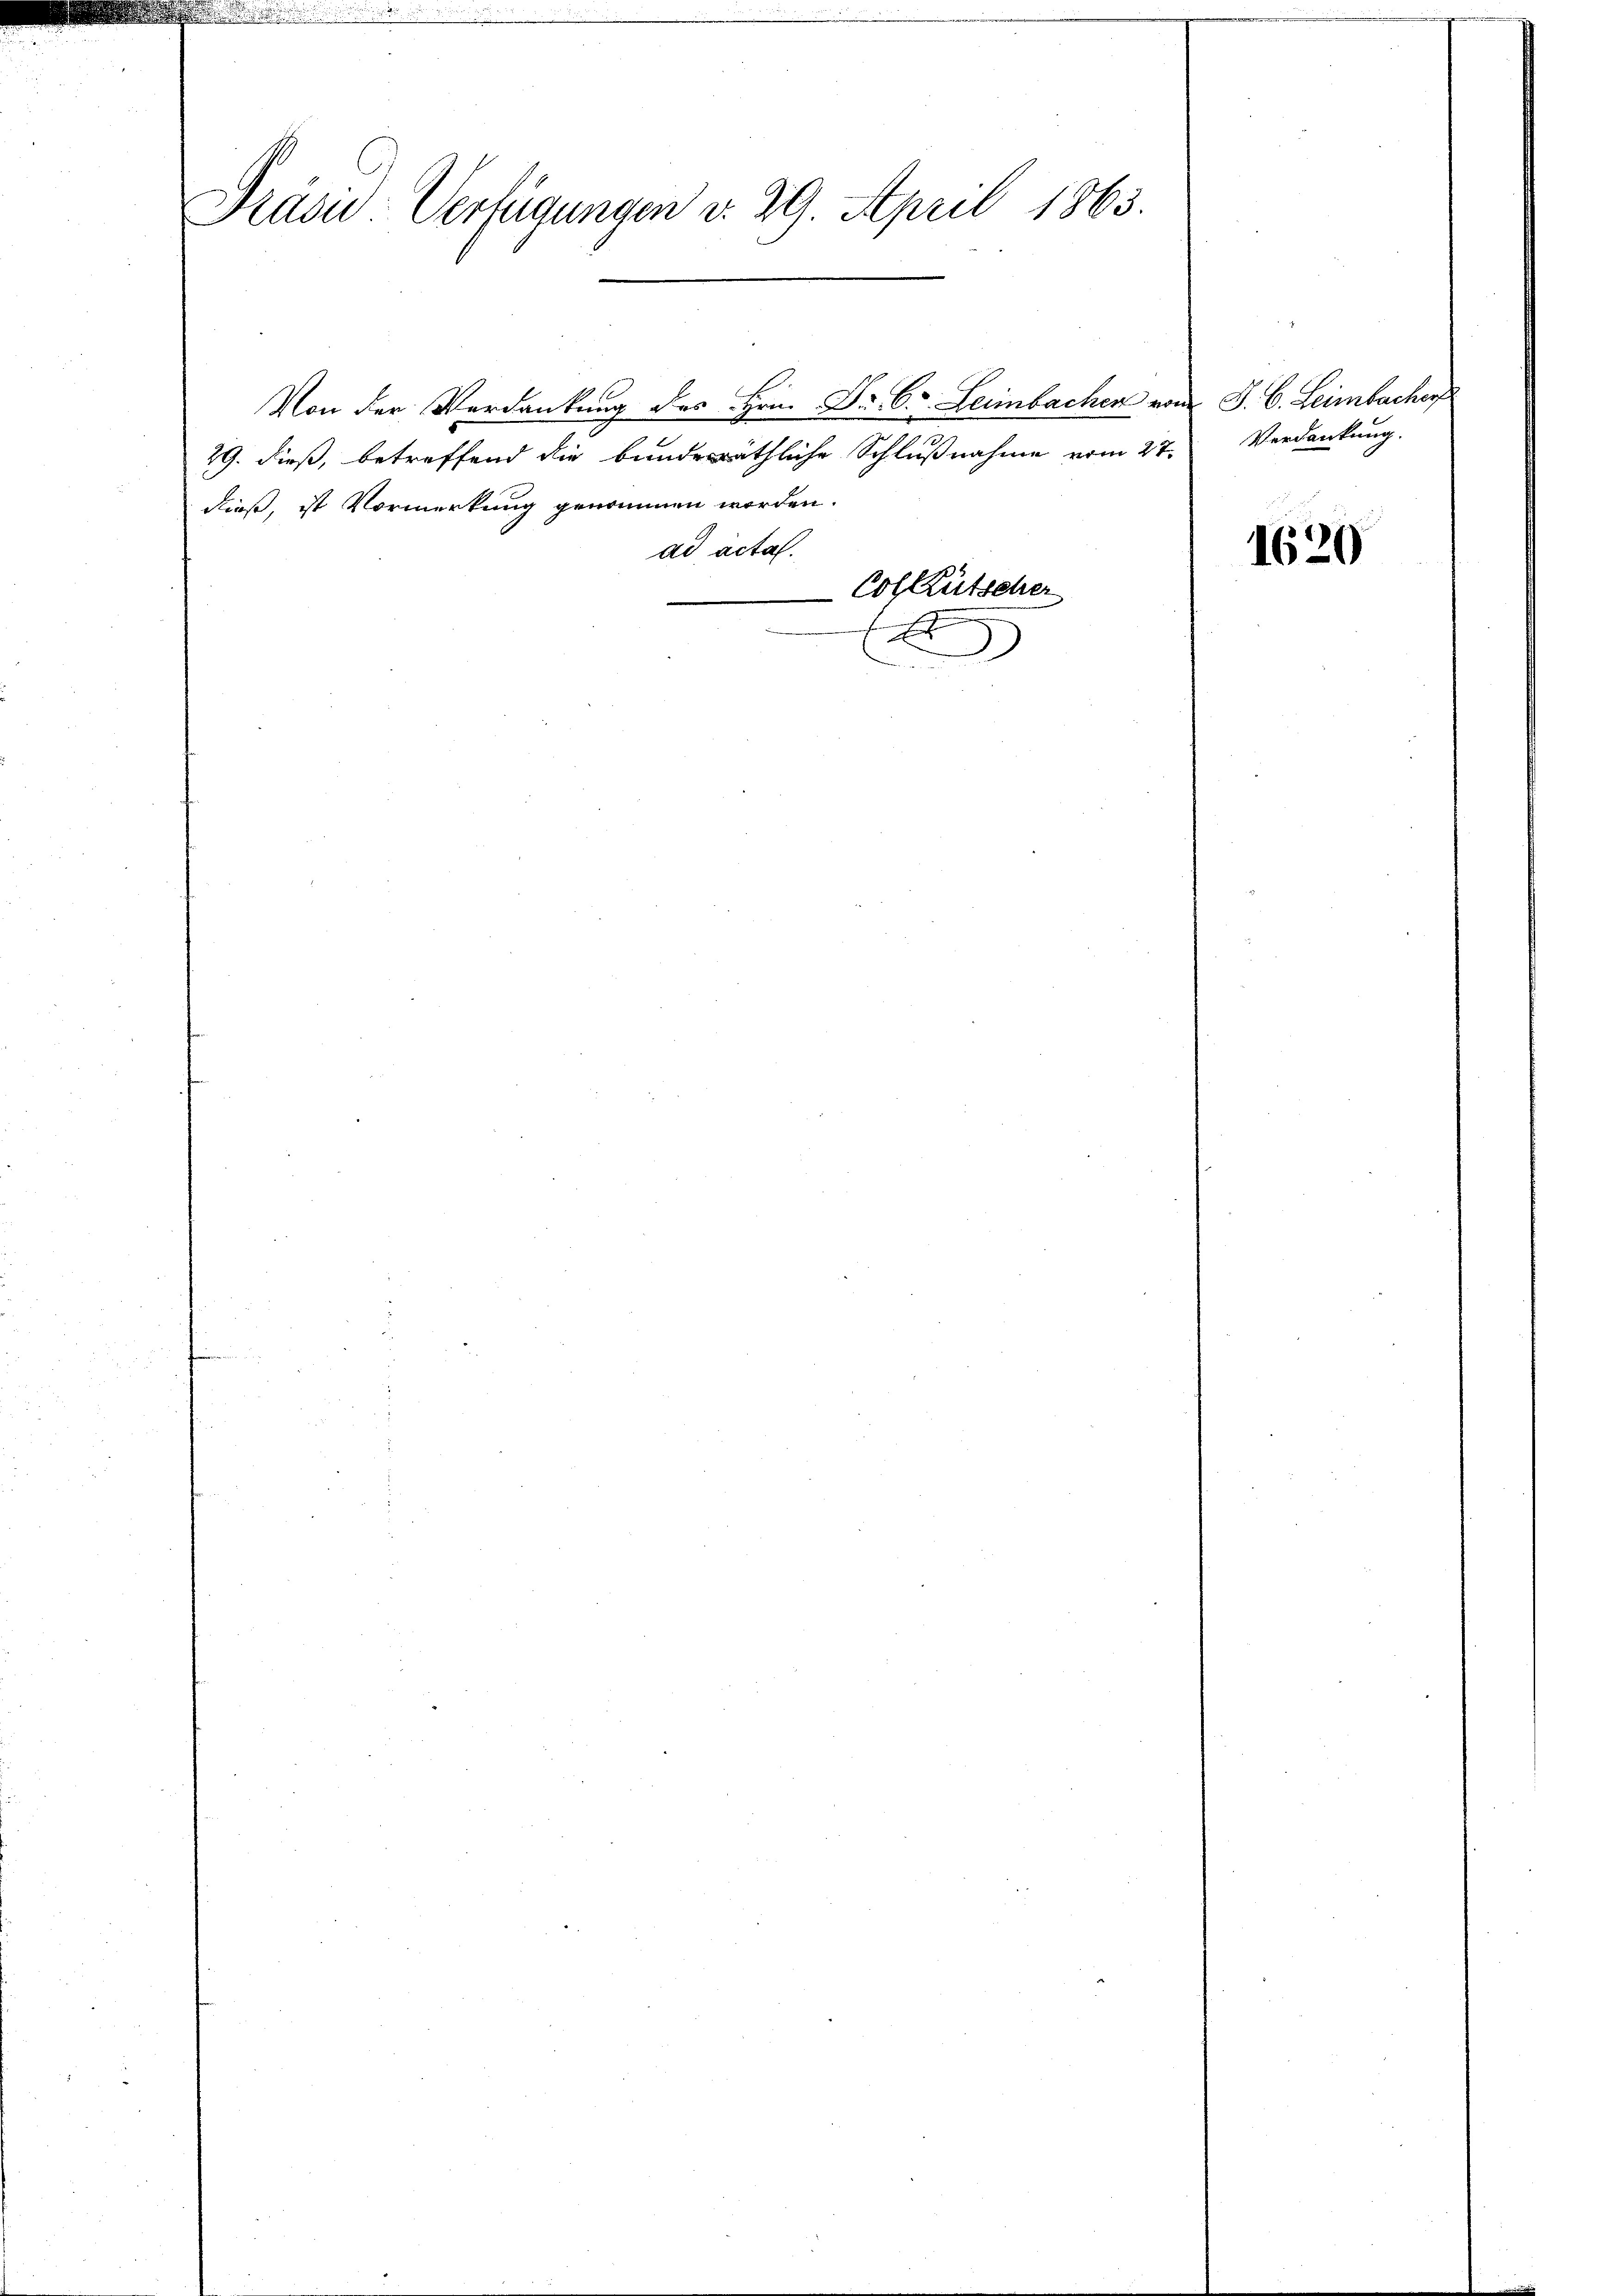
Präsid.-Verfügungen d. 29. April 1863.

Col Kutscher
)
.

Von der Verdankung des Hrn. Dr. C. Leimbachen von
29. dieß, betreffend die bunderäthliche Schlußnahme vom 27.
dieß, ist Vormerkung genommen worden.
ad acta.

J. C. Leimbacher
Verdankung.

1620